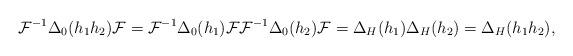
LaTeX: \begin{gather*}\mathcal{F}^{-1}\Delta_0(h_1 h_2)\mathcal{F}=\mathcal{F}^{-1}\Delta_0(h_1)\mathcal{F}\mathcal{F}^{-1}\Delta_0(h_2)\mathcal{F}=\Delta_H(h_1)\Delta_H(h_2) = \Delta_H(h_1 h_2),\end{gather*}